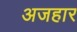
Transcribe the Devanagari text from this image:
अजहार